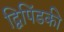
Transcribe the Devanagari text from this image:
द्विपिंडकी